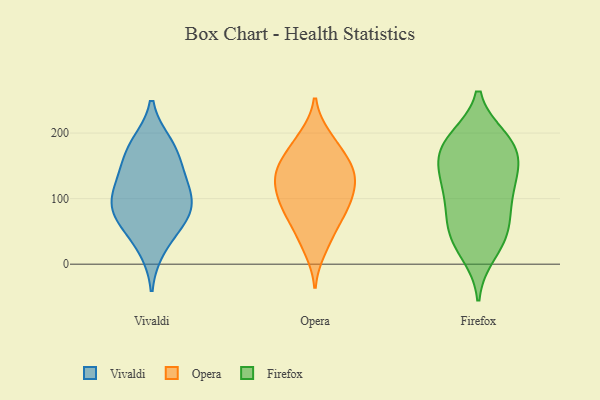
{"axis": {"x": "Churn Rate (%)", "y": "Value"}, "legend": ["Firefox", "Opera", "Vivaldi"], "data": [{"x": "", "y": 126, "type": "Vivaldi"}, {"x": "", "y": 103, "type": "Vivaldi"}, {"x": "", "y": 25, "type": "Vivaldi"}, {"x": "", "y": 125, "type": "Vivaldi"}, {"x": "", "y": 183, "type": "Vivaldi"}, {"x": "", "y": 90, "type": "Vivaldi"}, {"x": "", "y": 80, "type": "Vivaldi"}, {"x": "", "y": 62, "type": "Vivaldi"}, {"x": "", "y": 158, "type": "Vivaldi"}, {"x": "", "y": 72, "type": "Vivaldi"}, {"x": "", "y": 179, "type": "Vivaldi"}, {"x": "", "y": 138, "type": "Opera"}, {"x": "", "y": 133, "type": "Opera"}, {"x": "", "y": 154, "type": "Opera"}, {"x": "", "y": 139, "type": "Opera"}, {"x": "", "y": 79, "type": "Opera"}, {"x": "", "y": 146, "type": "Opera"}, {"x": "", "y": 195, "type": "Opera"}, {"x": "", "y": 79, "type": "Opera"}, {"x": "", "y": 110, "type": "Opera"}, {"x": "", "y": 36, "type": "Opera"}, {"x": "", "y": 155, "type": "Opera"}, {"x": "", "y": 60, "type": "Opera"}, {"x": "", "y": 175, "type": "Opera"}, {"x": "", "y": 105, "type": "Opera"}, {"x": "", "y": 77, "type": "Opera"}, {"x": "", "y": 192, "type": "Opera"}, {"x": "", "y": 104, "type": "Opera"}, {"x": "", "y": 114, "type": "Opera"}, {"x": "", "y": 22, "type": "Opera"}, {"x": "", "y": 191, "type": "Firefox"}, {"x": "", "y": 184, "type": "Firefox"}, {"x": "", "y": 102, "type": "Firefox"}, {"x": "", "y": 147, "type": "Firefox"}, {"x": "", "y": 133, "type": "Firefox"}, {"x": "", "y": 65, "type": "Firefox"}, {"x": "", "y": 17, "type": "Firefox"}, {"x": "", "y": 92, "type": "Firefox"}, {"x": "", "y": 35, "type": "Firefox"}, {"x": "", "y": 117, "type": "Firefox"}, {"x": "", "y": 143, "type": "Firefox"}, {"x": "", "y": 183, "type": "Firefox"}, {"x": "", "y": 43, "type": "Firefox"}, {"x": "", "y": 167, "type": "Firefox"}, {"x": "", "y": 57, "type": "Firefox"}, {"x": "", "y": 187, "type": "Firefox"}]}